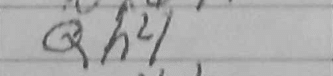
Transcription: Qh4